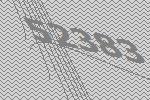
52383